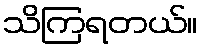
သိကြရတယ်။